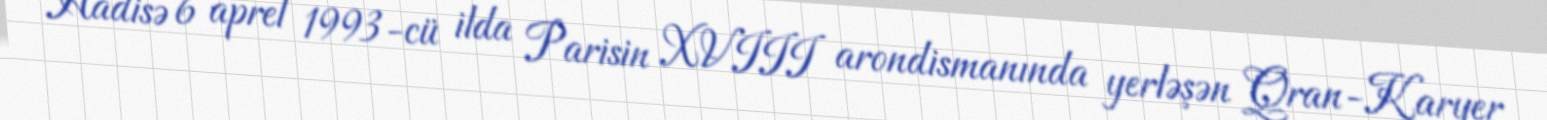
Hadisə 6 aprel 1993-cü ilda Parisin XVIII arondismanında yerləşən Qran-Karyer